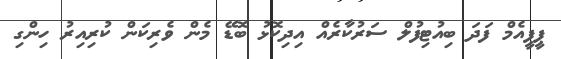
ޕީޕީއެމް ފަދަ ބިއުޓިފުލް ސަރުކާރެއް އިދިކޮޅު ބޮޑޭ މެން ވެރިކަން ކުރިއިރު ހިންގި